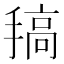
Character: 𢲤